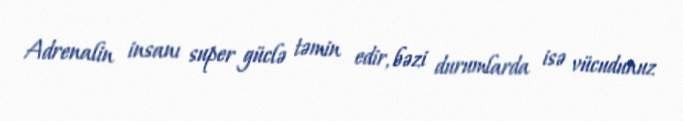
Adrenalin insanı super güclə təmin edir, bəzi durumlarda isə vücudunuz